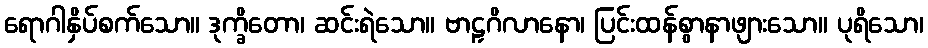
ရောဂါနှိပ်စက်သော။ ဒုက္ခိတော၊ ဆင်းရဲသော။ ဗာဠှဂိလာနော၊ ပြင်းထန်စွာနာဖျားသော။ ပုရိသော၊